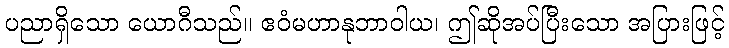
ပညာရှိသော ယောဂီသည်။ ဧဝံမဟာနုဘာဝါယ၊ ဤဆိုအပ်ပြီးသော အပြားဖြင့်